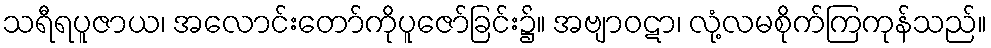
သရီရပူဇာယ၊ အလောင်းတော်ကိုပူဇော်ခြင်း၌။ အဗျာဝဋာ၊ လုံ့လမစိုက်ကြကုန်သည်။